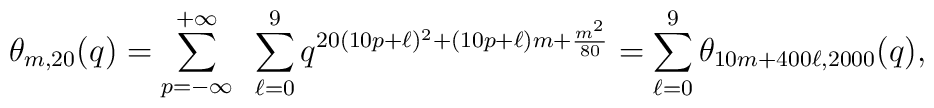
\theta_{m,20}(q)= \sum_{p=-\infty}^{+\infty} ~\sum_{\ell=0}^9q^{20(10p+\ell)^2 + (10p+\ell)m + \frac{m^2}{80} }= \sum_{\ell=0}^9 \theta_{10m + 400 \ell,2000}(q),